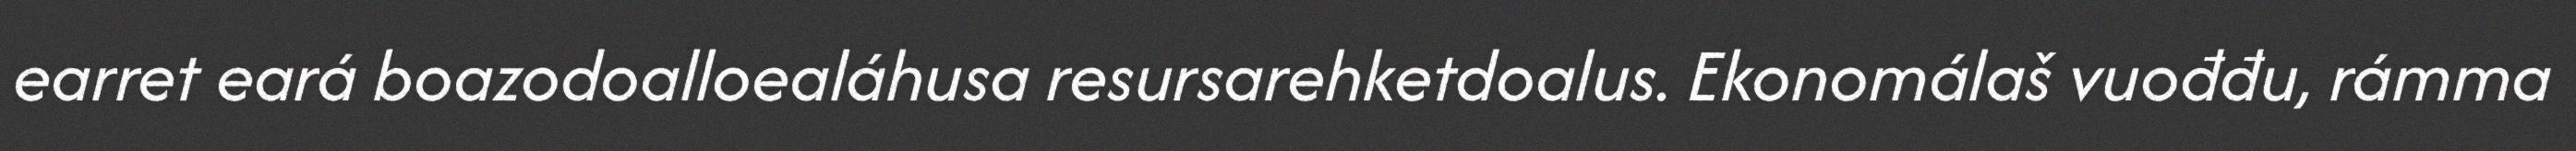
earret eará boazodoalloealáhusa resursarehketdoalus. Ekonomálaš vuođđu, rámma